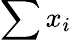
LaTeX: \sum x_{i}